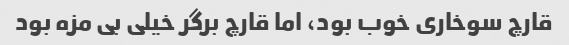
قارچ سوخاری خوب بود، اما قارچ برگر خیلی بی مزه بود